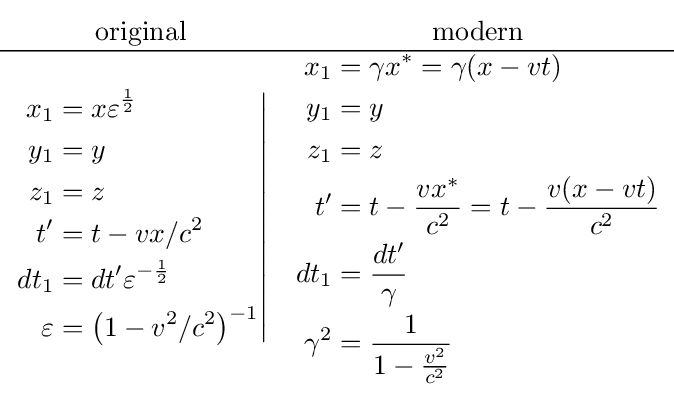
{\begin{matrix}{\text{original}}&{\text{modern}}\\\hline \left.{\begin{aligned}x_{1}&=x\varepsilon ^{\frac {1}{2}}\\y_{1}&=y\\z_{1}&=z\\t^{\prime }&=t-vx/c^{2}\\dt_{1}&=dt^{\prime }\varepsilon ^{-{\frac {1}{2}}}\\\varepsilon &=\left(1-v^{2}/c^{2}\right)^{-1}\end{aligned}}\right|&{\begin{aligned}x_{1}&=\gamma x^{\ast }=\gamma (x-vt)\\y_{1}&=y\\z_{1}&=z\\t^{\prime }&=t-{\frac {vx^{\ast }}{c^{2}}}=t-{\frac {v(x-vt)}{c^{2}}}\\dt_{1}&={\frac {dt^{\prime }}{\gamma }}\\\gamma ^{2}&={\frac {1}{1-{\frac {v^{2}}{c^{2}}}}}\end{aligned}}\end{matrix}}